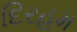
દિરહમ